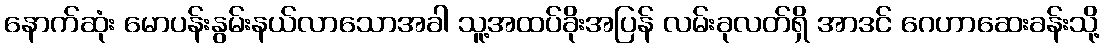
နောက်ဆုံး မောပန်းနွမ်းနယ်လာသောအခါ သူ့အထပ်ခိုးအပြန် လမ်းခုလတ်ရှိ အာဒင် ဂေဟာဆေးခန်းသို့